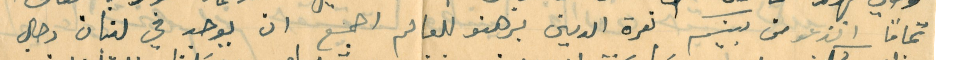
تماماً انزعو من بينكم نعرة الدين برهنو للعالم اجمع ان يوجد في لبنان رجال